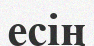
есің